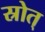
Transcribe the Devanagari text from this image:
स्रोत्